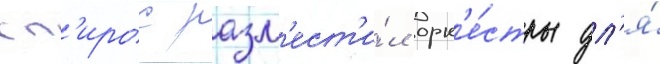
сп'ирос разм'ест'и́л орк'е́стры дл'я́